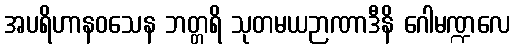
အပရိဟာနဝသေန ဘတ္တရိ သုတမယဉာဏာဒီနိ ဂေါမဏ္ဍလေ